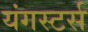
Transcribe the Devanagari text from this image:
यंगस्टर्स